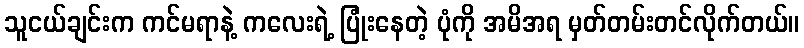
သူငယ်ချင်းက ကင်မရာနဲ့ ကလေးရဲ့ ပြုံးနေတဲ့ ပုံကို အမိအရ မှတ်တမ်းတင်လိုက်တယ်။